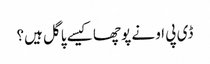
ڈی پی او نے پوچھا کیسے پاگل ہیں؟